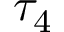
\tau _ { 4 }